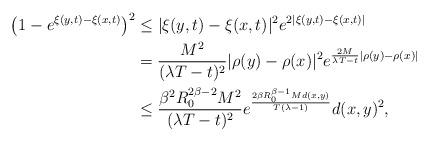
LaTeX: \begin{align*} \big(1-e^{\xi(y,t)-\xi(x,t)}\big)^2 & \leq |\xi(y,t)-\xi(x,t)|^2 e^{2|\xi(y,t)-\xi(x,t)|} \\ & = \frac{M^2}{(\lambda T-t)^2}|\rho(y)-\rho(x)|^2 e^{\frac{2M}{\lambda T-t}|\rho(y)-\rho(x)|} \\ & \leq \frac{\beta^2R_0^{2\beta-2}M^2}{(\lambda T-t)^2} e^{\frac{2\beta R_0^{\beta -1} M d(x,y)}{T(\lambda-1)}}d(x,y)^2, \end{align*}